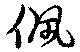
佩